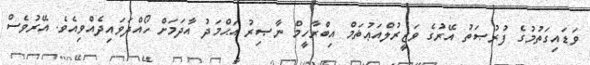
ވަޑައިގަތުމުގެ ފުރުޞަތު އޭރުގެ ވަޒީރުލްއަޢުޡަމް އިބްރާހީމް ނާޞިރު އަޙްމަދު އާދަމަށް ހޯއްދަވައިދެއްވިއެވެ. އޭރުވެސް